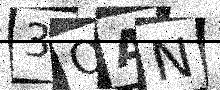
Text: 3OAN